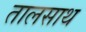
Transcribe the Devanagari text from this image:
तालसाथ